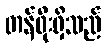
တန်ဖိုးရှိသည်